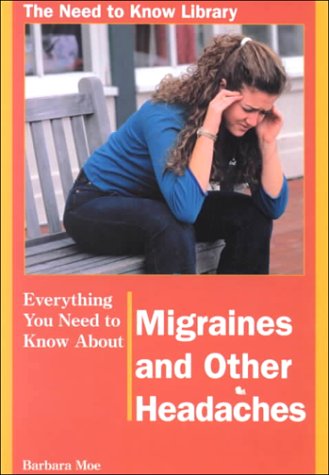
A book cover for Everything You Need to Know About Migraines and Other Headaches (Need to Know Library); Barbara Moe; Health, Fitness & Dieting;